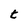
Character: t